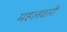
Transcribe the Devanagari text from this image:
महलवारी